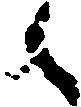
々